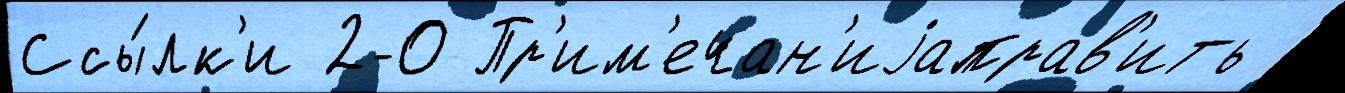
Ссы́лк'и 2-0 Пр'им'ечан'иjаправ'ить